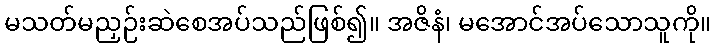
မသတ်မညှဉ်းဆဲစေအပ်သည်ဖြစ်၍။ အဇိနံ၊ မအောင်အပ်သောသူကို။